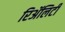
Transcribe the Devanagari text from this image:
रिॲलिटी